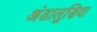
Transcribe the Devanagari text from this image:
अंडालुसिया